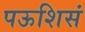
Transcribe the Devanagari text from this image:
पऊशिसं